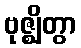
ဗုဇ္ဈိတွာ